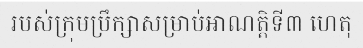
របស់ក្រុមប្រឹក្សាសម្រាប់អាណត្តិទី៣ ហេតុ